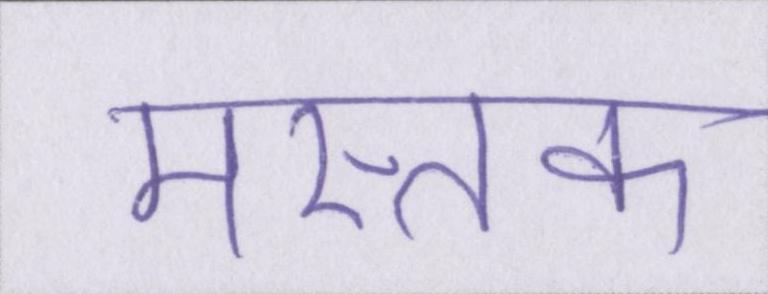
मस्तक